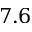
7 . 6